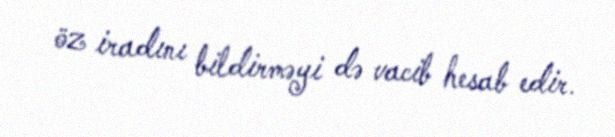
öz iradını bildirməyi də vacib hesab edir.